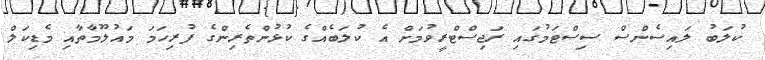
ކުލަބު ލައިސެންސް ސިސްޓަމުގައި ރަޖިސްޓްރީވުމަށް އެ ކުލަބެއްގެ ކުޅުންތެރިންގެ ފުރިހަމަ މައުލޫމާތާއި މެޑިކަލް